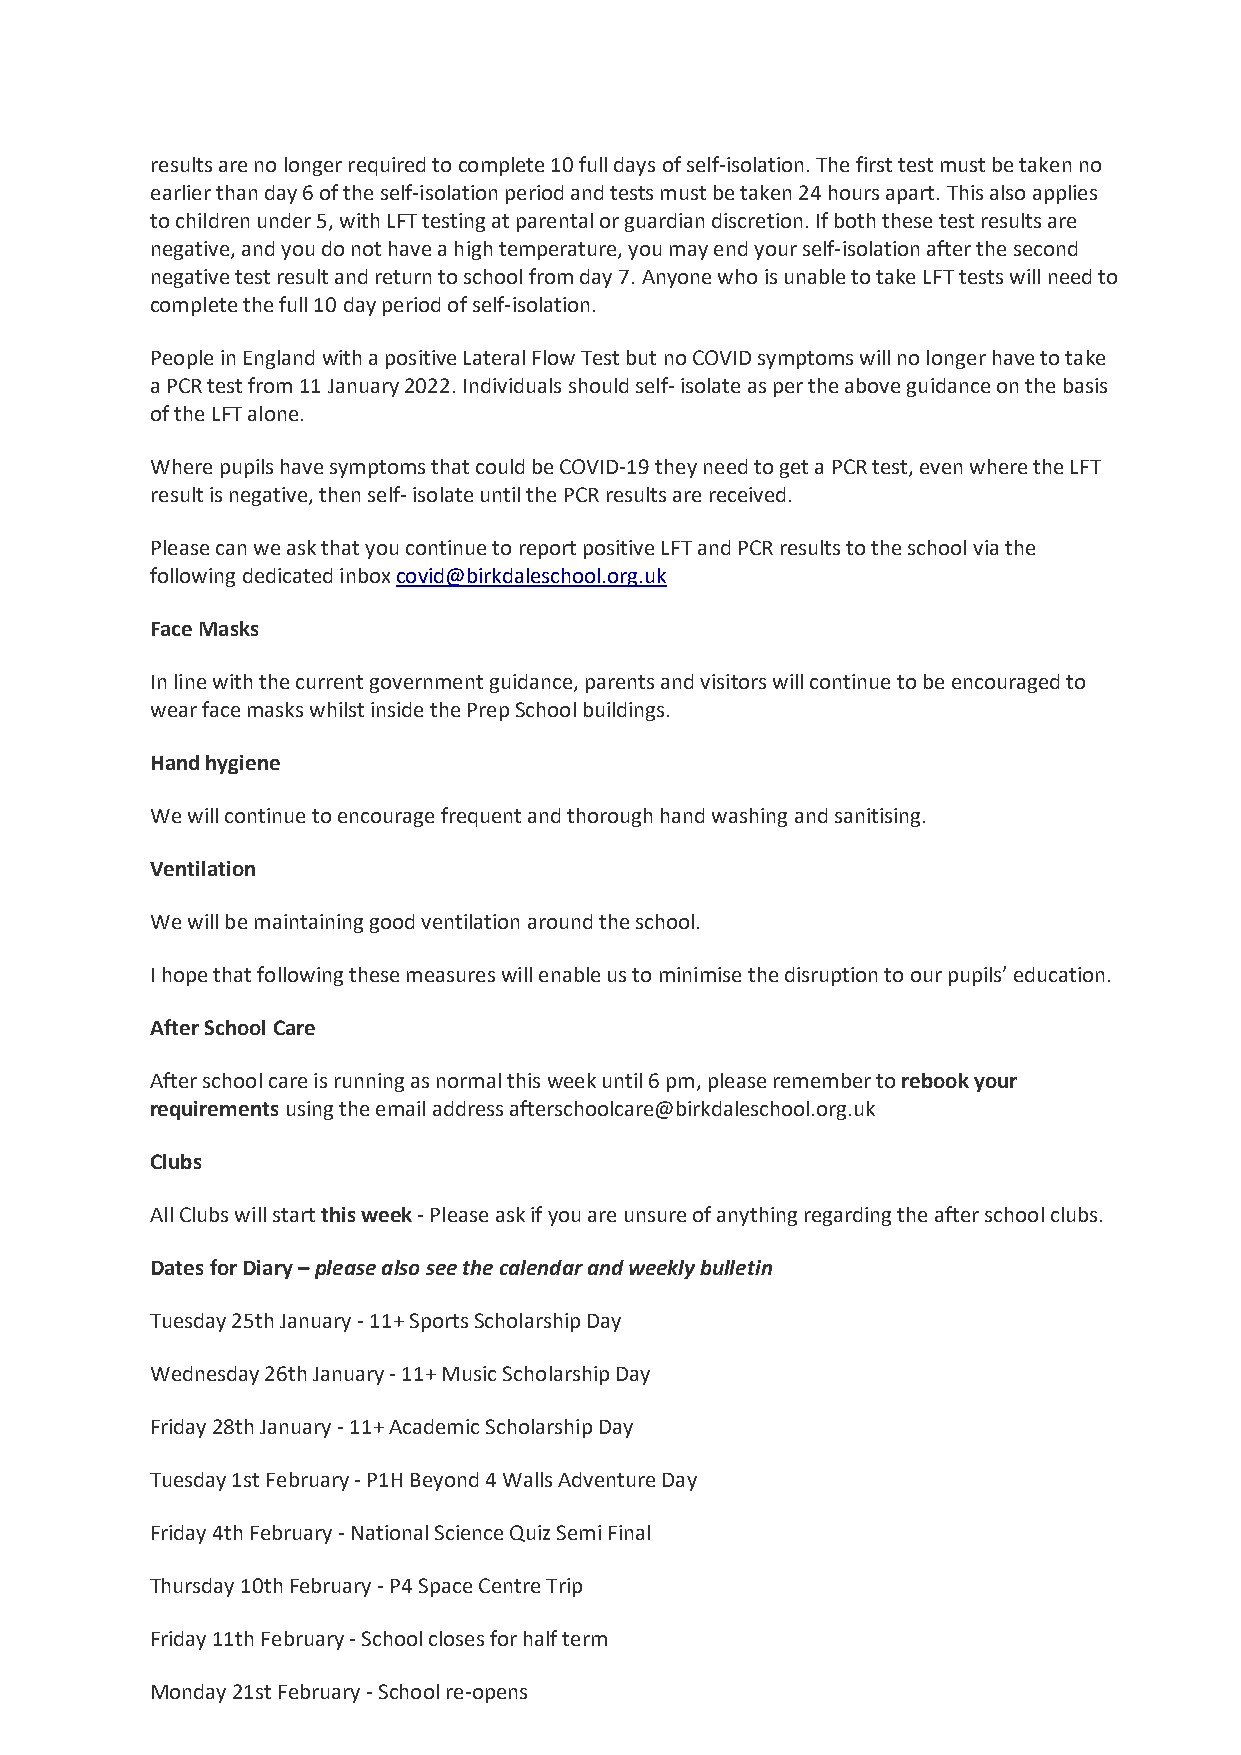
results are no longer required to complete 10 full days of self-isolation. The first test must be taken no
 earlier than day 6 of the self-isolation period and tests must be taken 24 hours apart. This also applies
 to children under 5, with LFT testing at parental or guardian discretion. If both these test results are
 negative, and you do not have a high temperature, you may end your self-isolation after the second
 negative test result and return to school from day 7. Anyone who is unable to take LFT tests will need to
 complete the full 10 day period of self-isolation.
 People in England with a positive Lateral Flow Test but no COVID symptoms will no longer have to take
 a PCR test from 11 January 2022. Individuals should self- isolate as per the above guidance on the basis
 of the LFT alone.
 Where pupils have symptoms that could be COVID-19 they need to get a PCR test, even where the LFT
 result is negative, then self- isolate until the PCR results are received.
 Please can we ask that you continue to report positive LFT and PCR results to the school via the
 following dedicated inbox covid@birkdaleschool.org.uk
 Face Masks
 In line with the current government guidance, parents and visitors will continue to be encouraged to
 wear face masks whilst inside the Prep School buildings.
 Hand hygiene
 We will continue to encourage frequent and thorough hand washing and sanitising.
 Ventilation
 We will be maintaining good ventilation around the school.
 I hope that following these measures will enable us to minimise the disruption to our pupils’ education.
 After School Care
 After school care is running as normal this week until 6 pm, please remember to rebook your
 requirements using the email address afterschoolcare@birkdaleschool.org.uk
 Clubs
 All Clubs will start this week - Please ask if you are unsure of anything regarding the after school clubs.
 Dates for Diary – please also see the calendar and weekly bulletin
 Tuesday 25th January - 11+ Sports Scholarship Day
 Wednesday 26th January - 11+ Music Scholarship Day
 Friday 28th January - 11+ Academic Scholarship Day
 Tuesday 1st February - P1H Beyond 4 Walls Adventure Day
 Friday 4th February - National Science Quiz Semi Final
 Thursday 10th February - P4 Space Centre Trip
 Friday 11th February - School closes for half term
 Monday 21st February - School re-opens